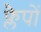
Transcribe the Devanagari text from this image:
फ्लैपों